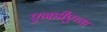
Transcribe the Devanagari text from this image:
एनडीएच्या